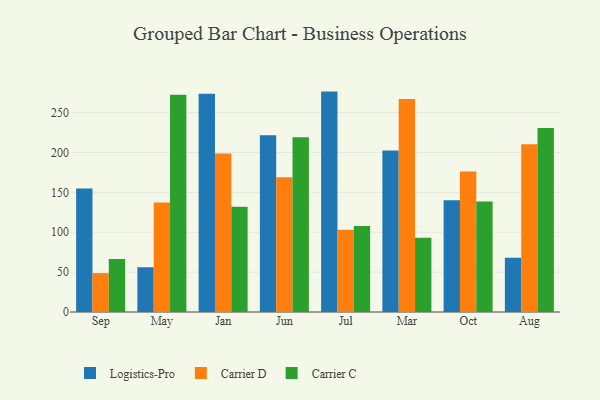
{"axis": {"x": "Month", "y": "Operating Costs (USD K)"}, "legend": ["Carrier C", "Carrier D", "Logistics-Pro"], "data": [{"x": "Sep", "y": 154.8, "type": "Logistics-Pro"}, {"x": "Sep", "y": 48.8, "type": "Carrier D"}, {"x": "Sep", "y": 66.5, "type": "Carrier C"}, {"x": "May", "y": 56.1, "type": "Logistics-Pro"}, {"x": "May", "y": 137.4, "type": "Carrier D"}, {"x": "May", "y": 272.3, "type": "Carrier C"}, {"x": "Jan", "y": 273.7, "type": "Logistics-Pro"}, {"x": "Jan", "y": 198.8, "type": "Carrier D"}, {"x": "Jan", "y": 132.0, "type": "Carrier C"}, {"x": "Jun", "y": 221.6, "type": "Logistics-Pro"}, {"x": "Jun", "y": 168.9, "type": "Carrier D"}, {"x": "Jun", "y": 219.2, "type": "Carrier C"}, {"x": "Jul", "y": 276.4, "type": "Logistics-Pro"}, {"x": "Jul", "y": 103.3, "type": "Carrier D"}, {"x": "Jul", "y": 108.0, "type": "Carrier C"}, {"x": "Mar", "y": 202.6, "type": "Logistics-Pro"}, {"x": "Mar", "y": 267.1, "type": "Carrier D"}, {"x": "Mar", "y": 93.0, "type": "Carrier C"}, {"x": "Oct", "y": 140.2, "type": "Logistics-Pro"}, {"x": "Oct", "y": 176.2, "type": "Carrier D"}, {"x": "Oct", "y": 138.6, "type": "Carrier C"}, {"x": "Aug", "y": 68.0, "type": "Logistics-Pro"}, {"x": "Aug", "y": 210.5, "type": "Carrier D"}, {"x": "Aug", "y": 230.8, "type": "Carrier C"}]}